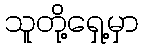
သူတို့ရှေ့မှာ